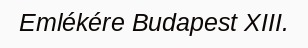
Emlékére Budapest XIII.